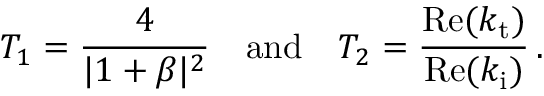
T _ { 1 } = \frac { 4 } { | 1 + \beta | ^ { 2 } } \quad \mathrm { a n d } \quad T _ { 2 } = \frac { \mathrm { R e } ( k _ { \mathrm { t } } ) } { \mathrm { R e } ( k _ { \mathrm { i } } ) } \, .